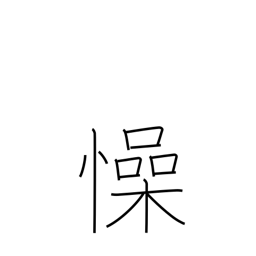
Meaning: unease